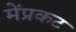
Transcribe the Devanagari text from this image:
मेंप्रकट